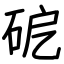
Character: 砨